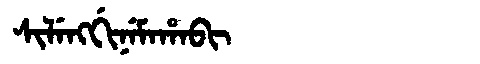
Manchu: ᠰᡳᠯᡝᠩᡤᡳᠨᡝᠮᠠᡥᠠᠪᡳ
Romanization: SILENGGINEMAHABI